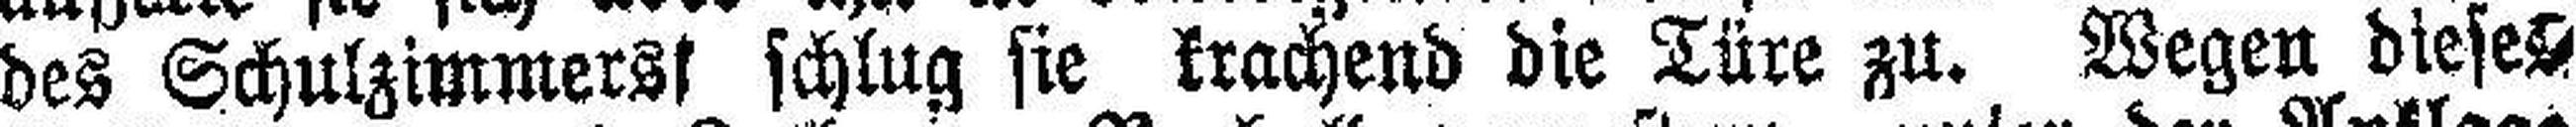
des Schulzimmers schlug sie krachend die Türe zu. Wegen dieses